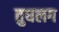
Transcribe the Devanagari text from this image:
तुघलग